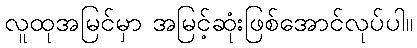
လူထုအမြင်မှာ အမြင့်ဆုံးဖြစ်အောင်လုပ်ပါ။